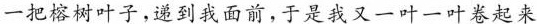
一把榕树叶子，递到我面前，于是我又一叶一叶卷起来